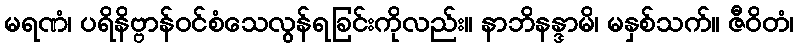
မရဏံ၊ ပရိနိဗ္ဗာန်ဝင်စံသေလွန်ရခြင်းကိုလည်း။ နာဘိနန္ဒာမိ၊ မနှစ်သက်။ ဇီဝိတံ၊